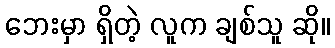
ဘေးမှာ ရှိတဲ့ လူက ချစ်သူ ဆို။